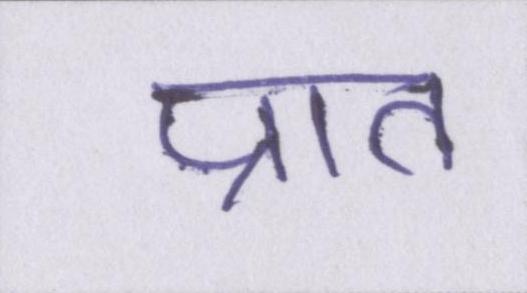
प्रात